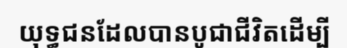
យុទ្ធជនដែលបានបូជាជីវិតដើម្បី